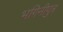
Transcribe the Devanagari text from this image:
भगिनीपुत्र